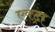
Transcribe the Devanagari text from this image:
एक्ट्रा